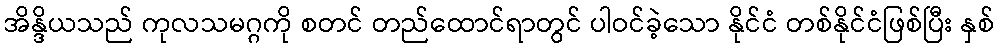
အိန္ဒိယသည် ကုလသမဂ္ဂကို စတင် တည်ထောင်ရာတွင် ပါဝင်ခဲ့သော နိုင်ငံ တစ်နိုင်ငံဖြစ်ပြီး နှစ်